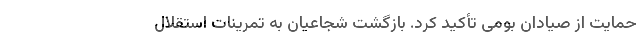
حمایت از صیادان بومی تأکید کرد. بازگشت شجاعیان به تمرینات استقلال